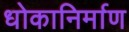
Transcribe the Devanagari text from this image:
धोकानिर्माण